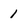
Character: 1